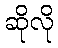
ဆိုလို